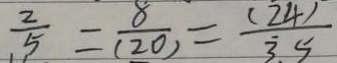
\frac { 2 } { 5 } = \frac { 8 } { ( 2 0 ) } = \frac { ( 2 4 ) } { 3 . 5 }